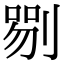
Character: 𠞍